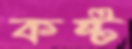
কষ্ট